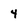
Character: 4